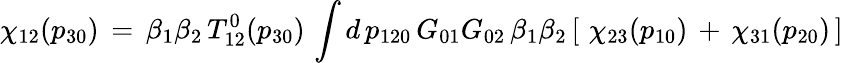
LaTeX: \chi_{12}(p_{30})\, =\, \beta_{1}\beta_{2}\, T_{12}^{0}(p_{30})\, \int d\, p_{120}\, G_{01}G_{02}\, \beta_{1}\beta_{2}\, [\, \, \chi_{23}(p_{10})\, +\, \chi_{31}(p_{20})\, ]